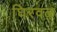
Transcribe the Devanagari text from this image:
घिरवळ